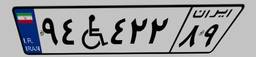
۱۳W۹۴۶۰۱